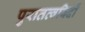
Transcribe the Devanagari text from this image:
पुरातत्‍वविदों